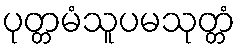
ပုတ္တမံသူပမသုတ္တံ